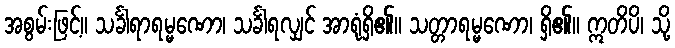
အစွမ်းဖြင့်။ သင်္ခါရာရမ္မဏော၊ သင်္ခါရလျှင် အာရုံရှိ၏။ သတ္တာရမ္မဏော၊ ရှိ၏။ ဣတိပိ၊ သို့